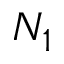
N _ { 1 }